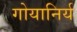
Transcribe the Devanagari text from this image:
गोयानिर्य